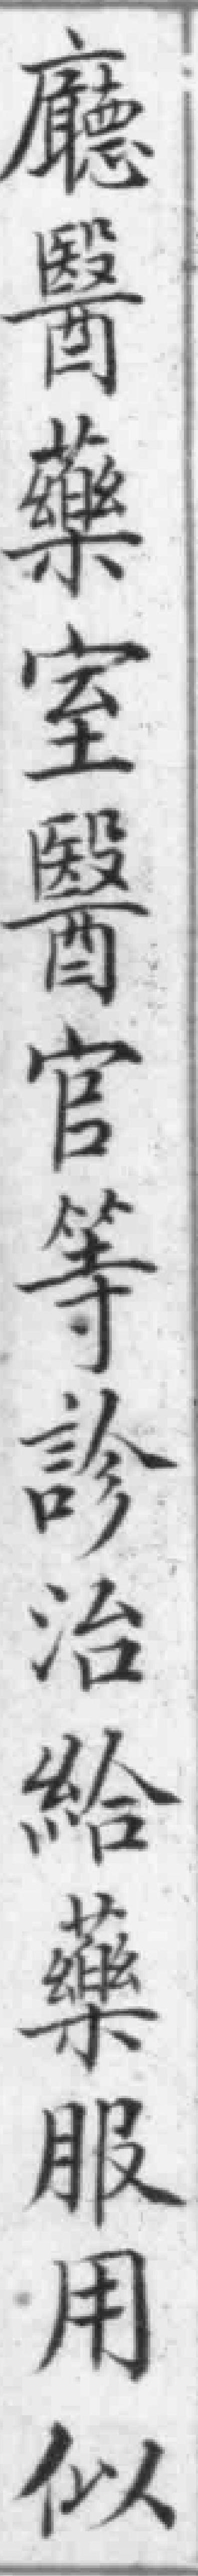
廳醫藥室醫官等診治給藥服用似